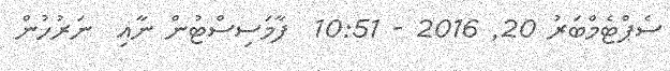
ސެޕްޓެމްބަރު 20